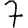
Digit: 7